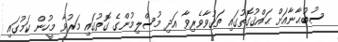
ސުބުޙާނާއަށް ޙައްޤުގޮތުގައި ތަޤުވާވެރިވާ އަދި މުސްލިމުންގެ ގޮތުގައި މަރުވާ މީހުން ކަމުގައި